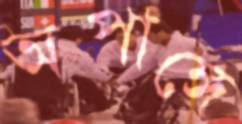
অপাঙ্গে